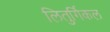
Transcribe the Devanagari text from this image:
लितुर्गिकल